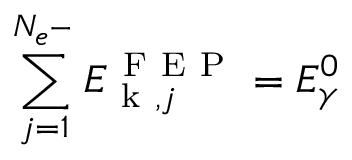
\sum _ { j = 1 } ^ { N _ { e ^ { - } } } E _ { \mathrm { ~ k ~ } , j } ^ { \mathrm { ~ F ~ E ~ P ~ } } = E _ { \gamma } ^ { 0 }